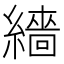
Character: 繬